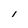
Character: l